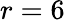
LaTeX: r=6